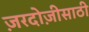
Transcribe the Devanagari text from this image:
ज़रदोज़ीसाठी